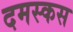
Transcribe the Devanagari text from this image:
दमस्कस